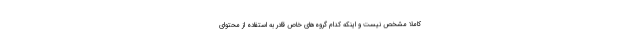
کاملا مشخص نیست و اینکه کدام گروه‌های خاص قادر به استفاده از محتوای